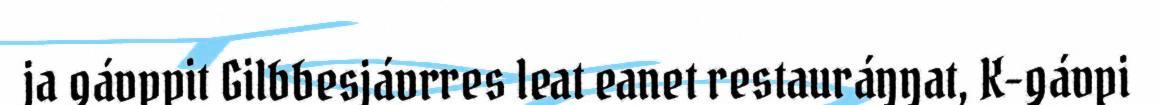
ja gávppit Gilbbesjávrres leat eanet restauráŋŋat, K-gávpi